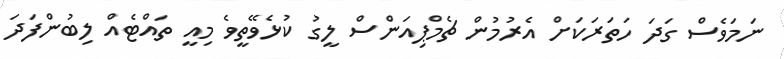
ނަމަވެސް ގަދަ ހަތަރަކަށް އެރުމުން ޗެމްޕިއަންސް ލީގު ކުޅެވޭތީވެ މިއީ ތައްޓެއް ލިބުންފަދަ